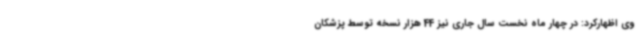
وی اظهارکرد: در چهار ماه نخست سال جاری نیز 44 هزار نسخه توسط پزشکان